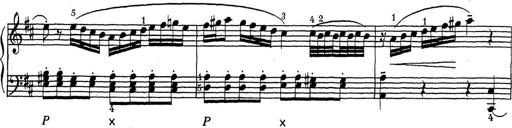
Title: ÄŒeskÃ© Sonatiny
Composer: Various